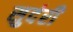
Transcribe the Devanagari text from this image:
सुदंरी